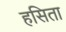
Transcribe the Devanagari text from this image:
हसिता